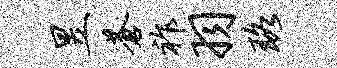
昱苍祚羽珞